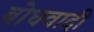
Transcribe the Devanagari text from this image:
बोधवादी